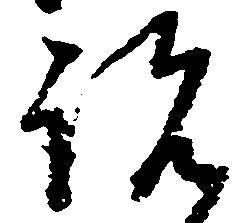
説